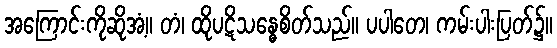
အကြောင်းကိုဆိုအံ့။ တံ၊ ထိုပဋိသန္ဓေစိတ်သည်။ ပပါတေ၊ ကမ်းပါးပြတ်၌။